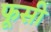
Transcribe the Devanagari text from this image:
फूसी